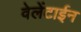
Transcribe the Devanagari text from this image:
वेलेंटाईन